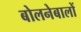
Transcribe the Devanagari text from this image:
बोलनेबालों